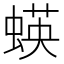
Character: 蝧